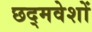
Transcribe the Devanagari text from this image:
छद्मवेशों